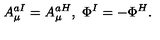
A _ { \mu } ^ { a I } = A _ { \mu } ^ { a H } , \ \Phi ^ { I } = - \Phi ^ { H } .